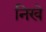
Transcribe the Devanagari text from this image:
निखे